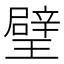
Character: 𤩹